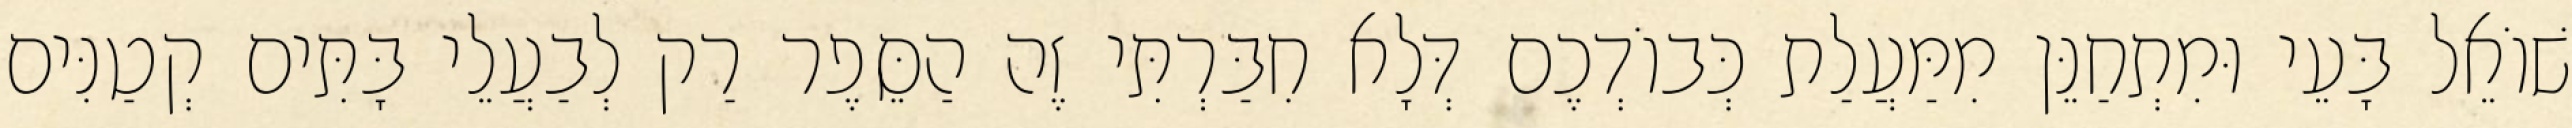
שׁוֹאֵל בָּעֵי וּמִתְחַנֵּן מִמַּעֲלַת כְּבוֹדְכֶם דְּלָא חִבַּרְתִּי זֶה הַסֵּפֶר רַק לְבַעֲלֵי בָּתִּים קְטַנִּים